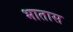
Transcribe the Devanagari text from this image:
भातास